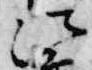
法